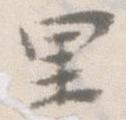
里